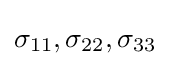
\sigma _{11},\sigma _{22},\sigma _{33}